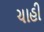
ચાહી